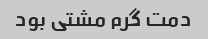
دمت گرم مشتی بود